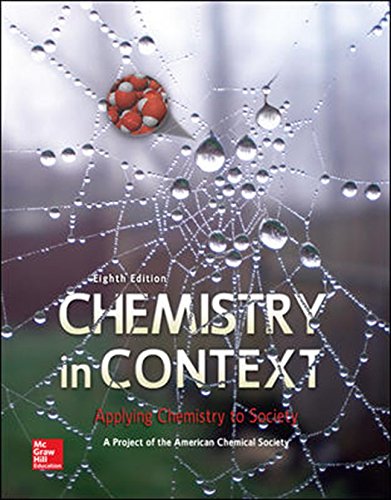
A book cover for Chemistry in Context; American Chemical Society; Science & Math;